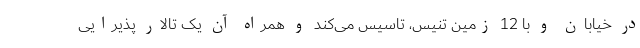
در خیابان و با 12 زمین تنیس، تاسیس می‌کند و همراه آن یک تالار پذیرایی